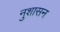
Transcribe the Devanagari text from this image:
नुशासन